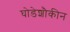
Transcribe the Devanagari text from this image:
घोडेशौकीन